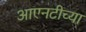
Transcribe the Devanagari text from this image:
आएनटीच्या